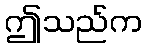
ဤသည်က